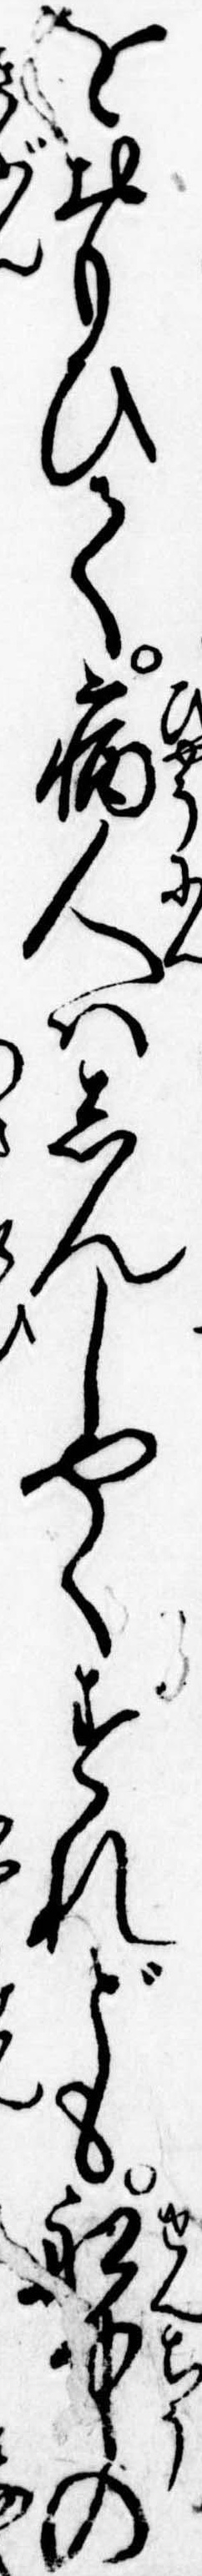
をおもひて病人はしんしやくすれども船中の